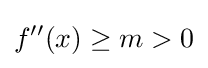
f''(x)\geq m>0